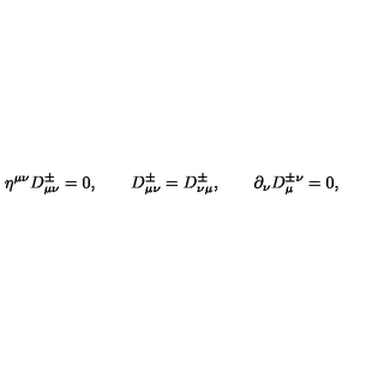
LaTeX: \eta ^ { \mu \nu } D _ { \mu \nu } ^ { \pm } = 0 , \qquad D _ { \mu \nu } ^ { \pm } = D _ { \nu \mu } ^ { \pm } , \qquad \partial _ { \nu } D _ { \mu } ^ { \pm \nu } = 0 ,